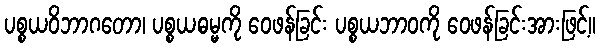
ပစ္စယဝိဘာဂတော၊ ပစ္စယဓမ္မကို ဝေဖန်ခြင်း ပစ္စယဘာဝကို ဝေဖန်ခြင်းအားဖြင့်။